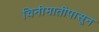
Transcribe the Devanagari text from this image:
चिनीमातीपासून